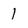
Character: 1